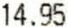
14.95